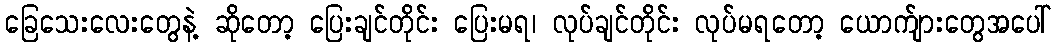
ခြေသေးလေးတွေနဲ့ ဆိုတော့ ပြေးချင်တိုင်း ပြေးမရ၊ လုပ်ချင်တိုင်း လုပ်မရတော့ ယောက်ျားတွေအပေါ်